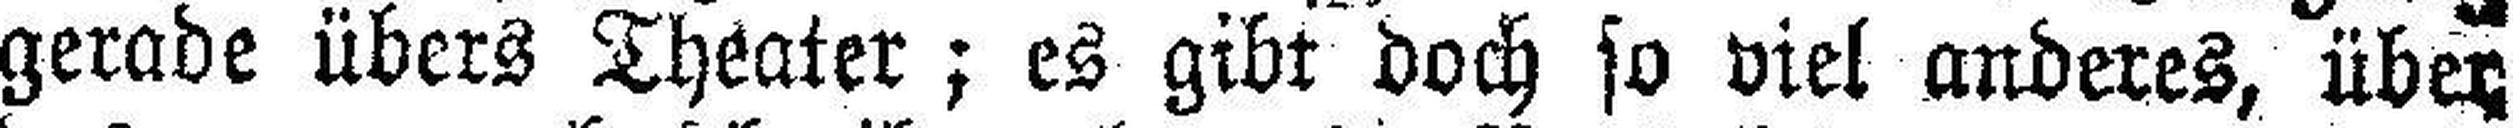
gerade übers Theater; es gibt doch so viel anderes, über